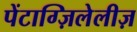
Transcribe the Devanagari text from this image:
पेंटाग्ज़िलेलीज़